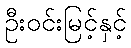
ဦးဝင်းမြင့်နှင့်